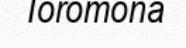
Toromona